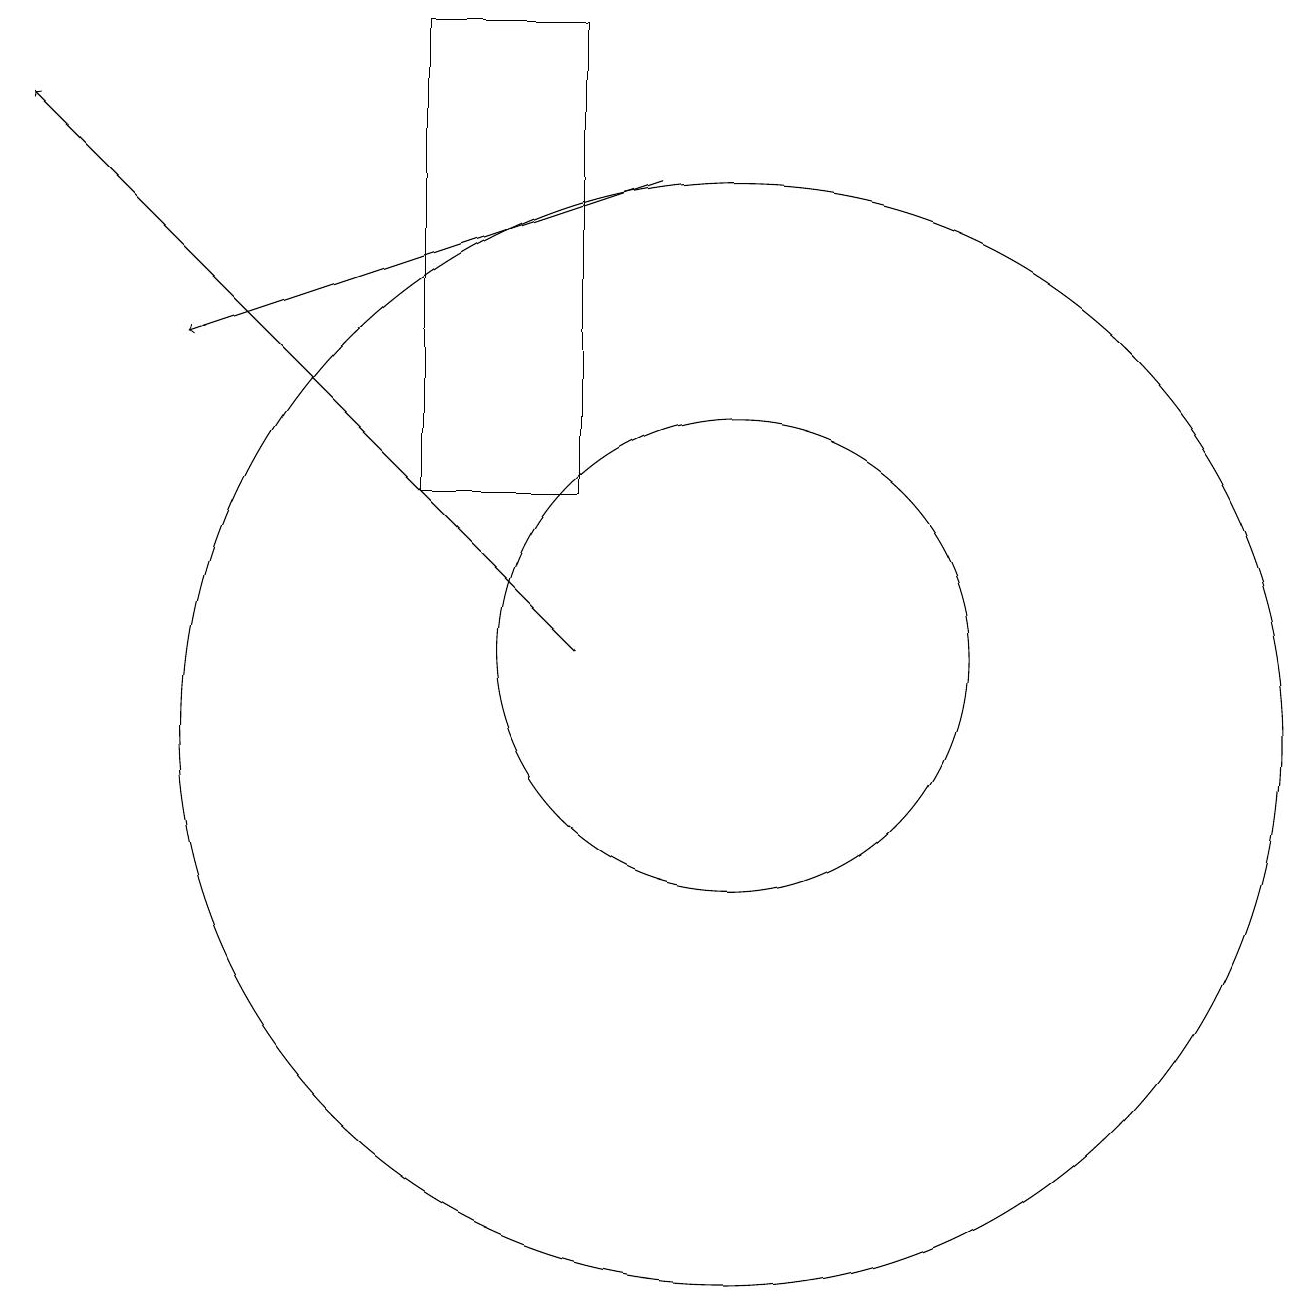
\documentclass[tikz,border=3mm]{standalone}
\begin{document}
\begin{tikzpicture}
\draw (8,13) rectangle (6,19);
\draw[->] (9,17) -- (3,15);
\draw (10,11) circle (3);
\draw (10,10) circle (7);
\draw[->] (8,11) -- (1,18);
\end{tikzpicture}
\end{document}